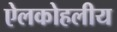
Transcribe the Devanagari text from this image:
ऐलकोहलीय